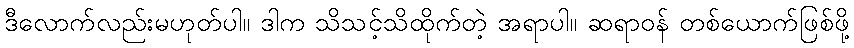
ဒီလောက်လည်းမဟုတ်ပါ။ ဒါက သိသင့်သိထိုက်တဲ့ အရာပါ။ ဆရာဝန် တစ်ယောက်ဖြစ်ဖို့